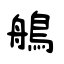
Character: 鵃